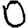
Digit: 0